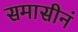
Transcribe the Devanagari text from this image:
समासीनं